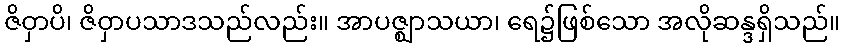
ဇိဝှာပိ၊ ဇိဝှာပသာဒသည်လည်း။ အာပဇ္ဈာသယာ၊ ရေ၌ဖြစ်သော အလိုဆန္ဒရှိသည်။